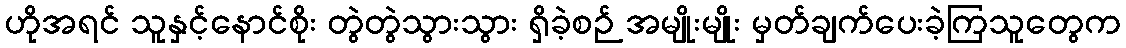
ဟိုအရင် သူနှင့်နောင်စိုး တွဲတွဲသွားသွား ရှိခဲ့စဉ် အမျိုးမျိုး မှတ်ချက်ပေးခဲ့ကြသူတွေက